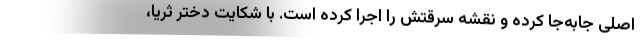
اصلی جابه‌جا کرده و نقشه سرقتش را اجرا کرده است. با شکایت دختر ثریا،